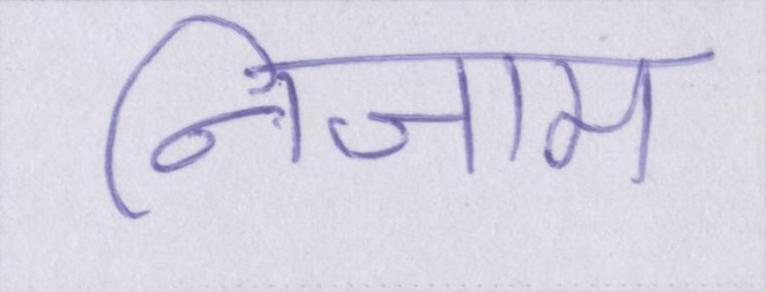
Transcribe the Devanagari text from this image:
निजाम